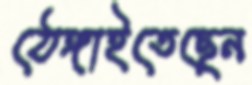
ঠেঙ্গাইতেছেন